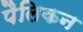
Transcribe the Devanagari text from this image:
पैलिकन